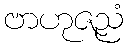
ဗာဟုဇညံ